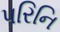
પરિનિ